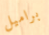
براميل